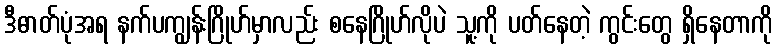
ဒီဓာတ်ပုံအရ နက်ပကျွန်းဂြိုဟ်မှာလည်း စနေဂြိုဟ်လိုပဲ သူ့ကို ပတ်နေတဲ့ ကွင်းတွေ ရှိနေတာကို